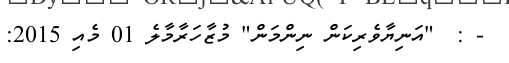
- :  "އަނިޔާވެރިކަން ނިންމަން" މުޒާހަރާމާލެ 01 މެއި 2015: